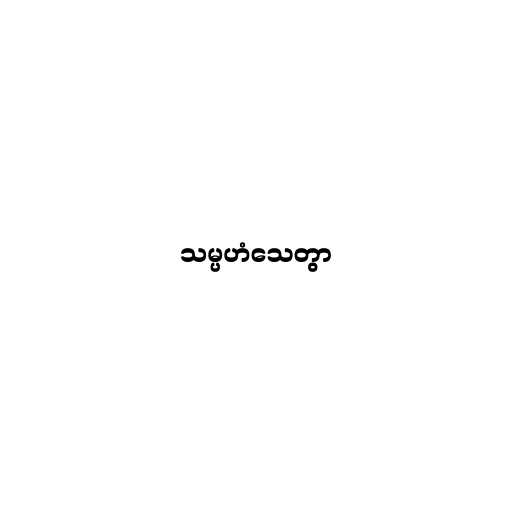
သမ္ပဟံသေတွာ